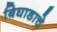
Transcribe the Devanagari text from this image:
बिघाडाचे